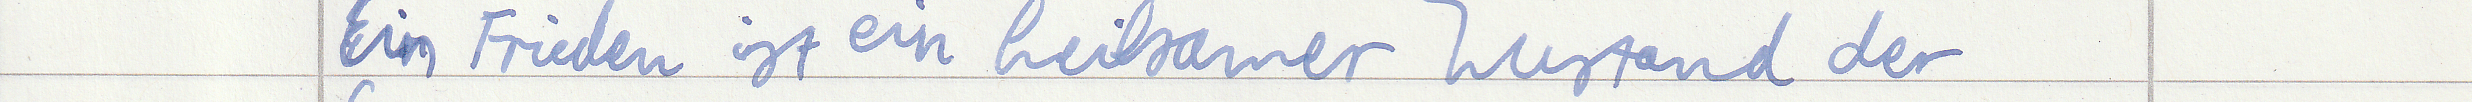
Ein Frieden ist ein heilsamer Zustand der